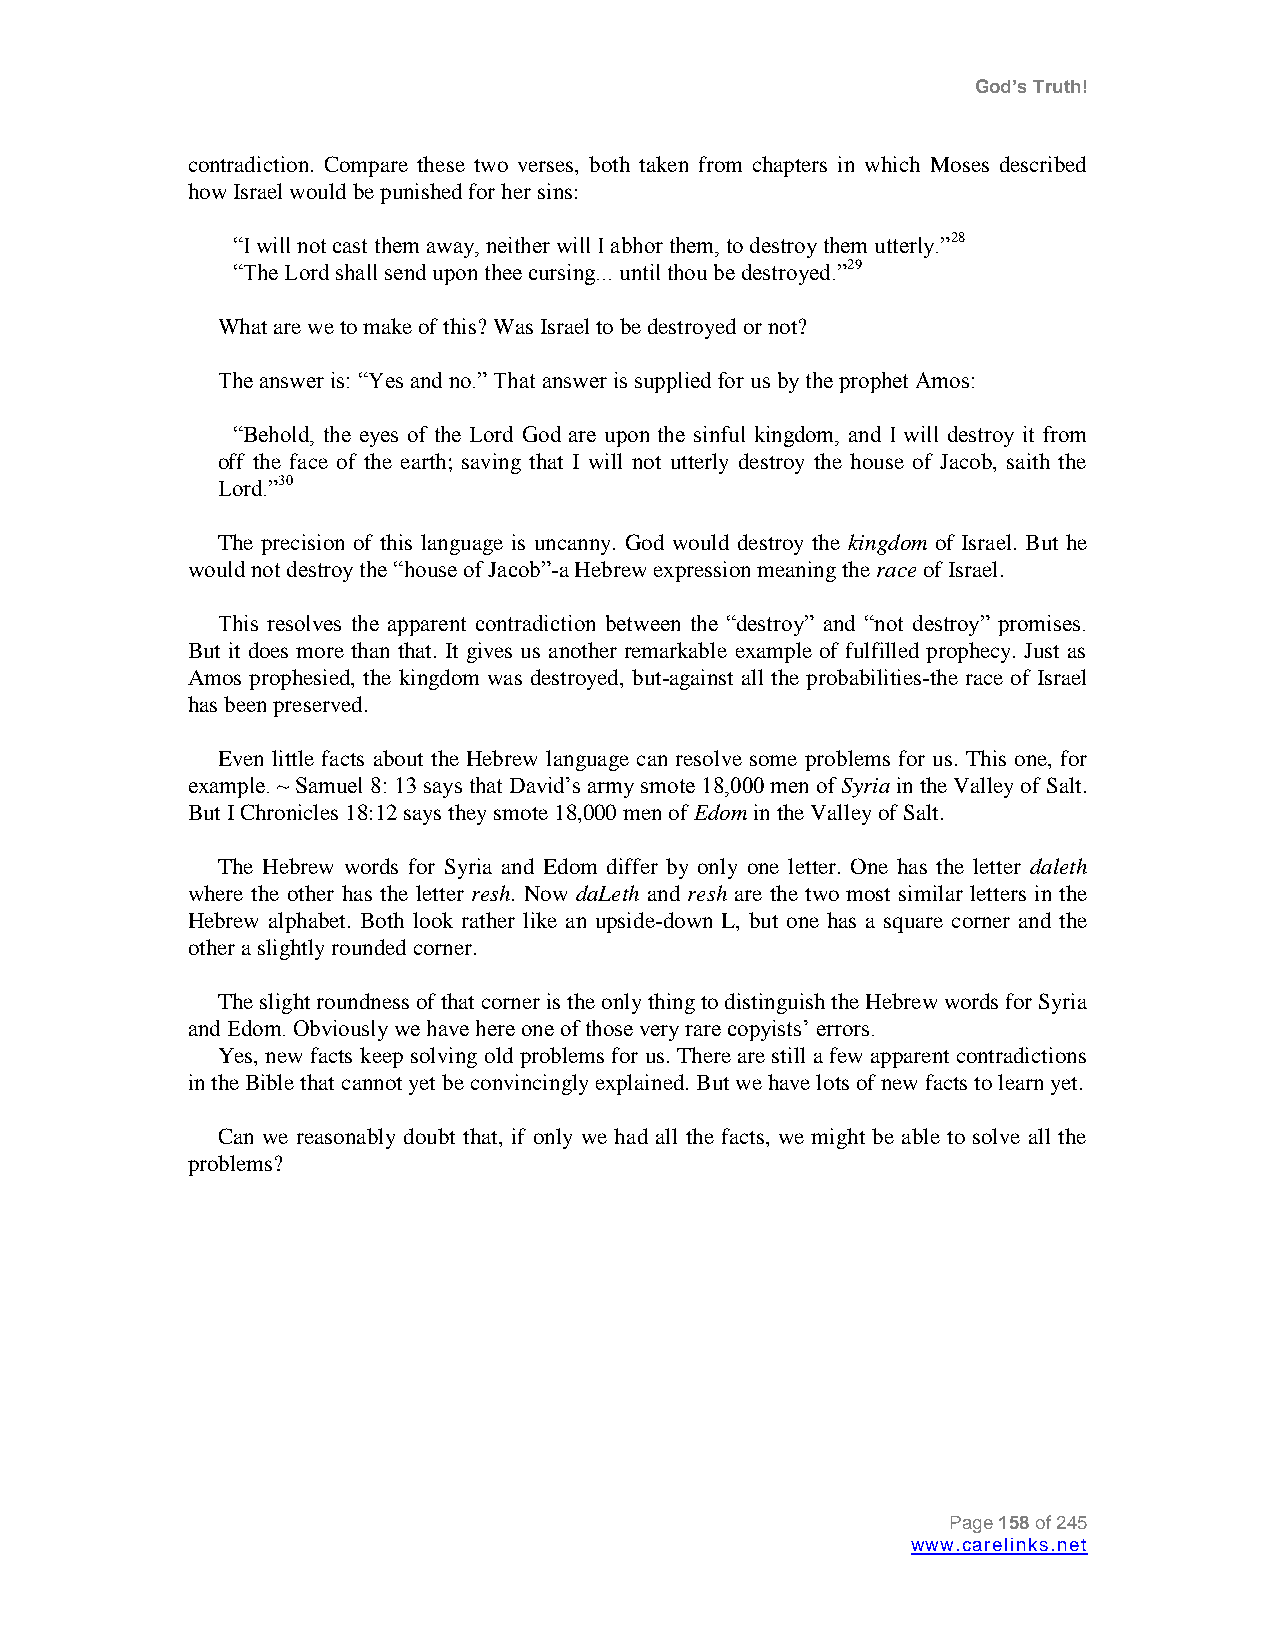
God’s Truth!
 contradiction. Compare these two verses, both taken from chapters in which Moses described
 how Israel would be punished for her sins:
 “I will not cast them away, neither will I abhor them, to destroy them utterly.”28
 “The Lord shall send upon thee cursing... until thou be destroyed.”29
 What are we to make of this? Was Israel to be destroyed or not?
 The answer is: “Yes and no.” That answer is supplied for us by the prophet Amos:
 “Behold, the eyes of the Lord God are upon the sinful kingdom, and I will destroy it from
 off the face of the earth; saving that I will not utterly destroy the house of Jacob, saith the
 Lord.”30
 The precision of this language is uncanny. God would destroy the kingdom of Israel. But he
 would not destroy the “house of Jacob”-a Hebrew expression meaning the race of Israel.
 This resolves the apparent contradiction between the “destroy” and “not destroy” promises.
 But it does more than that. It gives us another remarkable example of fulfilled prophecy. Just as
 Amos prophesied, the kingdom was destroyed, but-against all the probabilities-the race of Israel
 has been preserved.
 Even little facts about the Hebrew language can resolve some problems for us. This one, for
 example. ~ Samuel 8: 13 says that David‟s army smote 18,000 men of Syria in the Valley of Salt.
 But I Chronicles 18:12 says they smote 18,000 men of Edom in the Valley of Salt.
 The Hebrew words for Syria and Edom differ by only one letter. One has the letter daleth
 where the other has the letter resh. Now daLeth and resh are the two most similar letters in the
 Hebrew alphabet. Both look rather like an upside-down L, but one has a square corner and the
 other a slightly rounded corner.
 The slight roundness of that corner is the only thing to distinguish the Hebrew words for Syria
 and Edom. Obviously we have here one of those very rare copyists‟ errors.
 Yes, new facts keep solving old problems for us. There are still a few apparent contradictions
 in the Bible that cannot yet be convincingly explained. But we have lots of new facts to learn yet.
 Can we reasonably doubt that, if only we had all the facts, we might be able to solve all the
 problems?
 Page 158 of 245
 www.carelinks.net